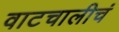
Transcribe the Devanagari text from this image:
वाटचालीचं